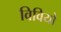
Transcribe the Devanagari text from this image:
विवियो